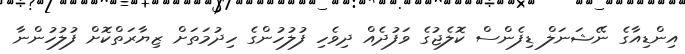
އިންޑިއާގެ ނޭޝަނަލް ޑިފެންސް ކޮލެޖުގެ ވަފުދެއް ދިވެހި ފުލުހުންގެ ހިދުމަތަށް ޒިޔާރަތްކޮށް ފުލުހުންނާ